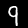
Label: 9